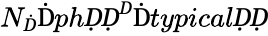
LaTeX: N_{Ḋ}\mathrm{Ḋ}phḌḌ^{Ḋ}\mathrm{Ḋ}typicalḌḌ